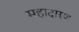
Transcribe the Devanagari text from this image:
महादारुण